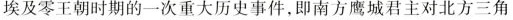
埃及零王朝时期的一次重大历史事件，即南方鹰城君主对北方三角